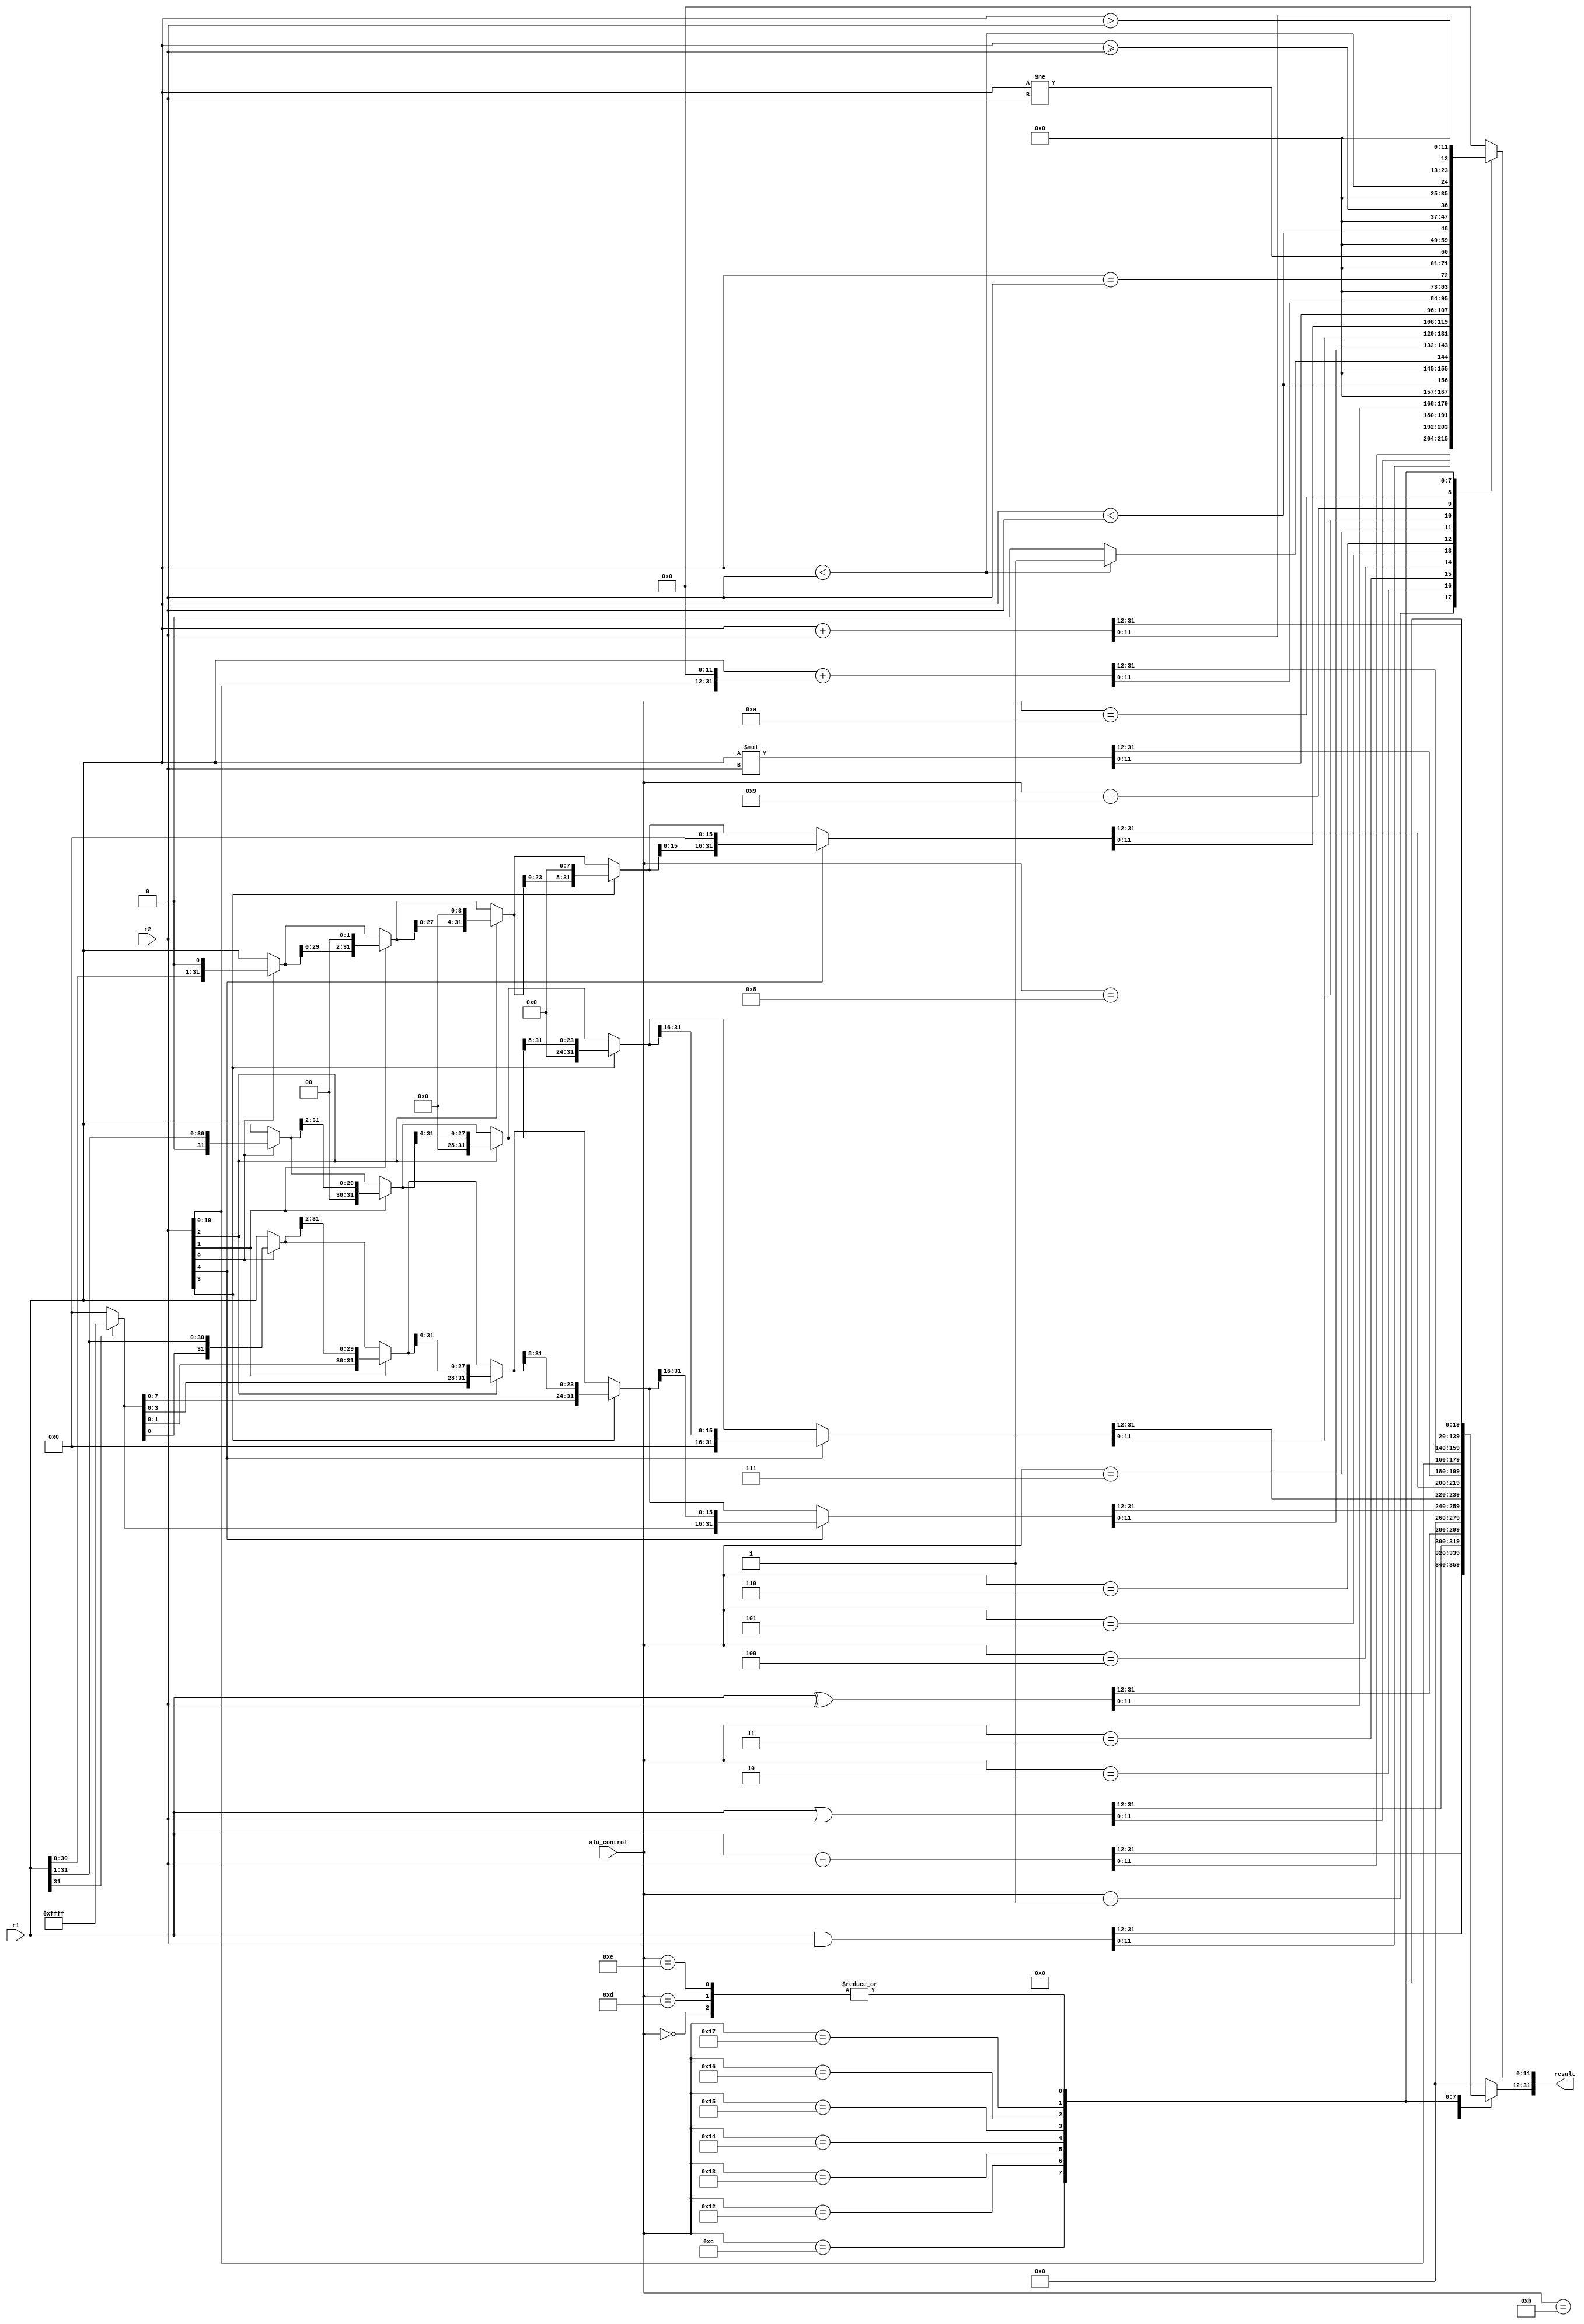
module alu(
input signed[31:0]r1,
input signed[31:0]r2,
input [7:0]alu_control,
output reg[31:0]result);

reg [15:0]      SRFILL;
reg [31:0]      SRL_1;
reg [31:0]      SRL_2;
reg [31:0]      SRL_4;
reg [31:0]      SRL_8;

reg [31:0]      SLL_1;
reg [31:0]      SLL_2;
reg [31:0]      SLL_4;
reg [31:0]      SLL_8;

reg [31:0]		 AUIPCim;

parameter ADD = 8'd0;
parameter SUB = 8'd1;
parameter AND = 8'd2;
parameter OR = 8'd3;
parameter XOR = 8'd4;
parameter SLT = 8'd5;
parameter SLTU = 8'd6;
parameter SRA = 8'd7;
parameter SRL = 8'd8;
parameter SLL = 8'd9;
parameter MUL = 8'd10;
parameter LUI = 8'd11;
parameter AUIPC = 8'd12;
parameter LW = 8'd13;
parameter SW = 8'd14;
parameter JAL = 8'd15;
parameter JR = 8'd16;
parameter JALR = 8'd17;
parameter BEQ = 8'd18;
parameter BNE = 8'd19;
parameter BLT = 8'd20;
parameter BGE = 8'd21;
parameter BLTU = 8'd22;
parameter BGEU = 8'd23;

reg [31:0]s1;
reg [31:0]s2;


always @(*)
begin
		s1 = $signed(r1);
		s2 = $signed(r2);
		SRFILL = 16'd0;
		SRL_1 = 32'd0;
		SRL_2 = 32'd0;
		SRL_4 = 32'd0;
		SRL_8 = 32'd0;
		
		SLL_1 = 32'd0;
		SLL_2 = 32'd0;
		SLL_4 = 32'd0;
		SLL_8 = 32'd0;
		AUIPCim = 32'd0;
	case (alu_control)
		ADD: //ADD or ADDI or JAL or JR or JALR
		begin
			result = s1+s2;
		end
		SUB: //SUB
		begin
			result = $signed(s1)-$signed(s2);
		end
		AND: //AND or ANDI
		begin
			result = $signed(s1)&$signed(s2);
		end	
		OR: //OR or ORI
		begin
			result = $signed(s1)|$signed(s2);
		end
		XOR: //XOR or XORI
		begin
			result = $signed(s1)^$signed(s2);
		end
		SLT: //SLT or SLTI
		begin
			result = {31'd0, ($signed(s1) < $signed(s2))};
		end
		SLTU: //SLTU or SLTIU
		begin
			result = (s1 < s2)? 32'b1 : 32'b0;
		end
		SRA: //SRA or SRAI
		begin
			if (s1[31])
				SRFILL = 16'b1111111111111111;
			else
				SRFILL = 16'b0000000000000000;
				
			if (s2[0])
             SRL_1 = {SRFILL[0], s1[31:1]};
			else
				 SRL_1 = s1;
			if (s2[1])
				 SRL_2 = {SRFILL[1:0], SRL_1[31:2]};
			else
				 SRL_2 = SRL_1;
			if (s2[2])
				 SRL_4 = {SRFILL[3:0], SRL_2[31:4]};
			else
				 SRL_4 = SRL_2;
			if (s2[3])
				 SRL_8 = {SRFILL[7:0], SRL_4[31:8]};
			else
				 SRL_8 = SRL_4;
			if (s2[4])
				 result = {SRFILL[15:0], SRL_8[31:16]};
			else
				 result = SRL_8;
		end
		SRL: //SRL or SRLI
		begin
			if (s2[0])
             SRL_1 = {1'b0, s1[31:1]};
			else
				 SRL_1 = s1;
			if (s2[1])
				 SRL_2 = {2'b00, SRL_1[31:2]};
			else
				 SRL_2 = SRL_1;
			if (s2[2])
				 SRL_4 = {4'b0000, SRL_2[31:4]};
			else
				 SRL_4 = SRL_2;
			if (s2[3])
				 SRL_8 = {8'b00000000, SRL_4[31:8]};
			else
				 SRL_8 = SRL_4;
			if (s2[4])
				 result = {16'b0000000000000000, SRL_8[31:16]};
			else
				 result = SRL_8;
		end
		SLL: //SLL or SLLI
		begin
			if (s2[0])
             SLL_1 = {s1[30:0],1'b0};
			else
				 SLL_1 = s1;
			if (s2[1])
				 SLL_2 = {SLL_1[29:0],2'b00};
			else
				 SLL_2 = SLL_1;

			if (s2[2])
				 SLL_4 = {SLL_2[27:0],4'b0000};
			else
				 SLL_4 = SLL_2;

			if (s2[3])
				 SLL_8 = {SLL_4[23:0],8'b00000000};
			else
				 SLL_8 = SLL_4;

			if (s2[4])
				 result = {SLL_8[15:0],16'b0000000000000000};
			else
				 result = SLL_8;
		end
		MUL: //MUL
		begin
			result = $signed(s1) * $signed(s2);
		end
		LUI: //LUI
		begin
			result[31:12] = s2[19:0];
			result[11:0] = 12'd0;
		end
		AUIPC: //AUIPC
		begin
			AUIPCim[31:12] = s2[19:0];
			AUIPCim[11:0] = 12'd0;
			result = $signed(s1) + AUIPCim;
		end
		BEQ: //BEQ 
		begin
			result = s1==s2;
		end
		BNE: //BNE
		begin
			result = s1!=s2;
		end
		BLT: //BLT
		begin
			result = ($signed(s1) < $signed(s2));
		end
		BGE: //BGE
		begin
			result = ($signed(s1) >= $signed(s2));
		end
		BLTU: //BLTU
		begin
			result = s1<s2;
		end
		BGEU: //BGEU
		begin
			//result = s1>=s2;
			result = s1>s2;
		end
		LW : begin
			result=s1+s2;
		end
		SW : begin
			result=s1+s2;
		end
		default:
			result = 32'd0;
	endcase
end
	
endmodule